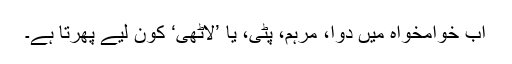
اب خوامخواہ میں دوا، مرہم، پٹّی، یا ’لاٹھی‘ کون لیے پھرتا ہے۔